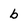
Character: b